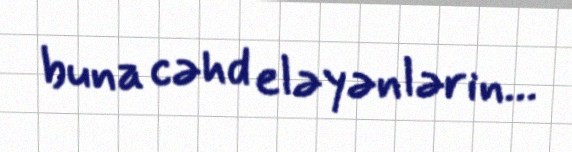
buna cəhd eləyənlərin...